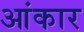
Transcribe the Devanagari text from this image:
आंकार